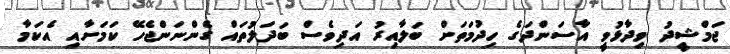
ޖަމްޝީދު ވިދާޅުވީ އާސަންދަގެ ހިދުމަތަށް ބަލާއިރު އަދިވެސް ބަދަލުތައް ގެންނަންޖެހޭ ކަމަށާއި އެކަމާ